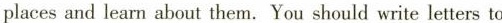
places and learn about them. You should write letters to